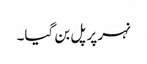
نہر پر پل بن گیا۔